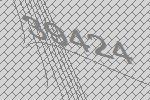
39424